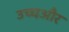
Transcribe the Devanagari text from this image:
उच्चऔर